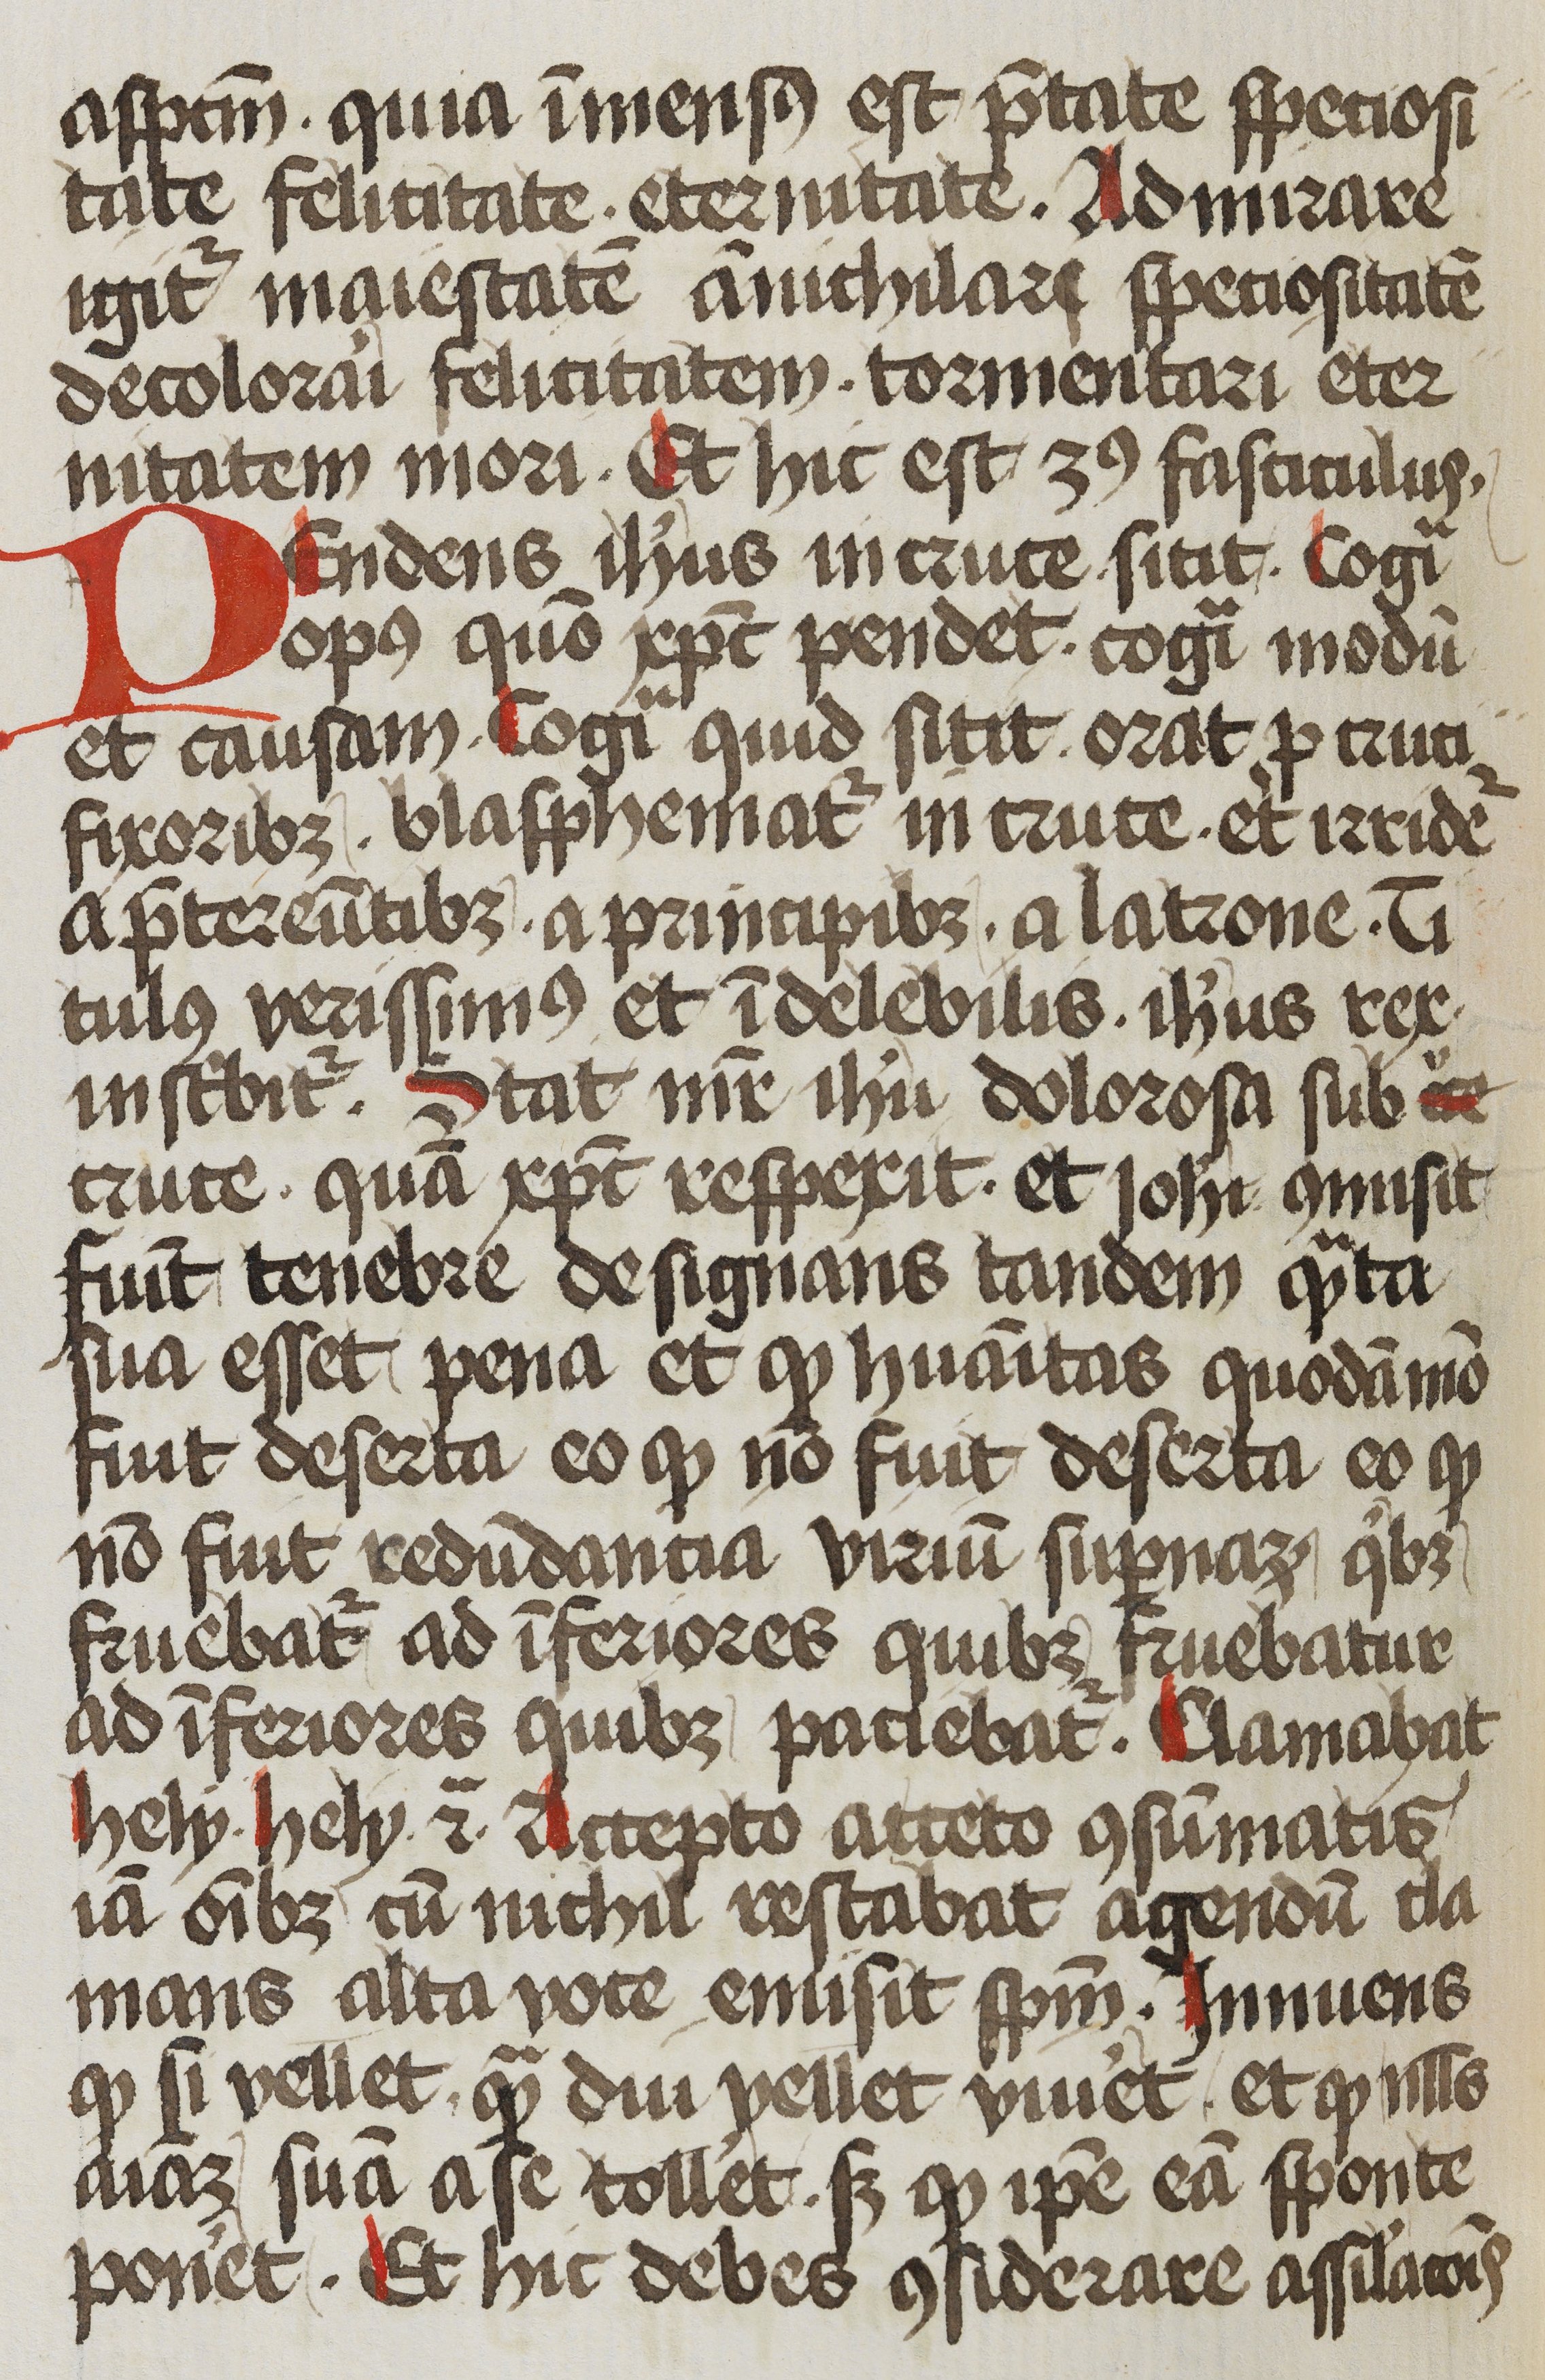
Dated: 1472–1472